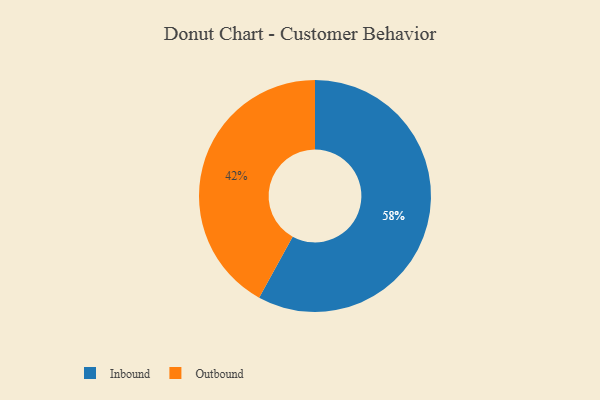
{"axis": {"x": "Category", "y": "Percentage"}, "legend": ["Inbound", "Outbound"], "data": [{"x": "Outbound", "y": 42, "type": "Outbound"}, {"x": "Inbound", "y": 58, "type": "Inbound"}]}